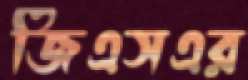
জিএসএর